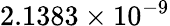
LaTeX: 2.1383\times 10^{-9}